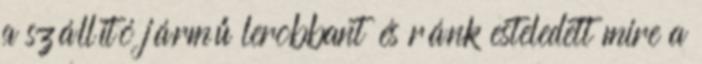
a szállító jármű lerobbant és ránk esteledett mire a